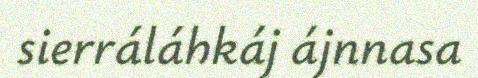
sierráláhkáj ájnnasa